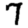
Digit: 7